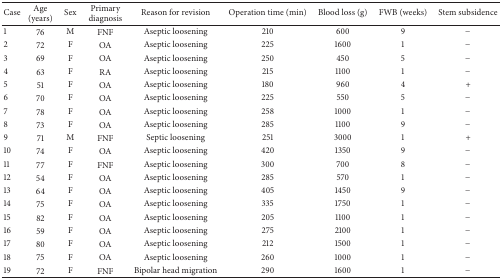
| Case | Age (years) | Sex | Primary diagnosis | Reason for revision | Operation time (min) | Blood loss (g) | FWB (weeks) | Stem subsidence |
 | --- | --- | --- | --- | --- | --- | --- | --- | --- |
 | 1 | 76 | M | FNF | Aseptic loosening | 210 | 600 | 9 | − |
 | 2 | 72 | F | OA | Aseptic loosening | 225 | 1600 | 1 | − |
 | 3 | 69 | F | OA | Aseptic loosening | 250 | 450 | 5 | − |
 | 4 | 63 | F | RA | Aseptic loosening | 215 | 1100 | 1 | − |
 | 5 | 51 | F | OA | Aseptic loosening | 180 | 960 | 4 | + |
 | 6 | 70 | F | OA | Aseptic loosening | 225 | 550 | 5 | − |
 | 7 | 78 | F | OA | Aseptic loosening | 258 | 1000 | 1 | − |
 | 8 | 73 | F | OA | Aseptic loosening | 285 | 1100 | 9 | − |
 | 9 | 71 | M | FNF | Septic loosening | 251 | 3000 | 1 | + |
 | 10 | 74 | F | OA | Aseptic loosening | 420 | 1350 | 9 | − |
 | 11 | 77 | F | FNF | Aseptic loosening | 300 | 700 | 8 | − |
 | 12 | 54 | F | OA | Aseptic loosening | 285 | 570 | 1 | − |
 | 13 | 64 | F | OA | Aseptic loosening | 405 | 1450 | 9 | − |
 | 14 | 75 | F | OA | Aseptic loosening | 335 | 1750 | 1 | − |
 | 15 | 82 | F | OA | Aseptic loosening | 205 | 1100 | 1 | − |
 | 16 | 59 | F | OA | Aseptic loosening | 275 | 2100 | 1 | − |
 | 17 | 80 | F | OA | Aseptic loosening | 212 | 1500 | 1 | − |
 | 18 | 75 | F | OA | Aseptic loosening | 260 | 1000 | 1 | − |
 | 19 | 72 | F | FNF | Bipolar head migration | 290 | 1600 | 1 | − |